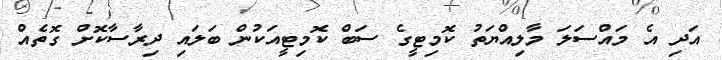
އަދި އެ މައްސަލަ މާލިއްޔަތު ކޮމިޓީގެ ސަބް ކޮމިޓީއަކުން ބަލައި ދިރާސާކޮށް ގޮތެއް